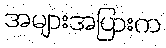
အများအပြားက